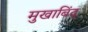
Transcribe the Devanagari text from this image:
मुखाबिंद